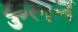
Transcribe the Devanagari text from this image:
कुलन